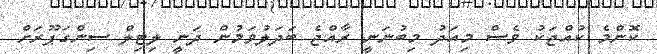
ކޮންމެ ކުއްޖަކު ވެސް މިއަދު މިބުނަނީ ރާއްޖެ ބަދަލުވަމުން ދަނީ ލިޓިލް ސިންގަޕޫރަށް